Civil Veterinary Dept. North-West Frontier Province 1923-32 - 1923-1932
Year: 1923
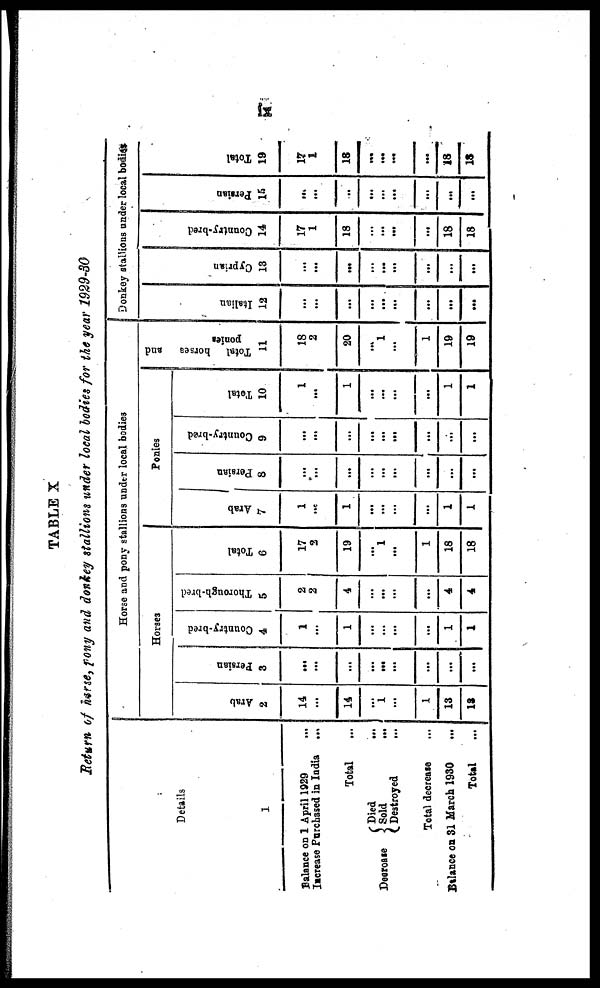
ix
TABLE X
Return of horse, Pony and donkey stallions under local bodies for the year 1929-30
Details
1
Balance on 1 April 1929 ...
Increase Purchased in India ...
Total ...
Decrease
Died ...
Sold
...
Destroyed
...
Total decrease ...
Balance on 31 March 1930
Total ...
Horse and pony stallions under local bodies
Horses
Arab
2
14
...
14
...
1
...
1
13
13
Persian
3
...
...
...
...
...
...
...
...
...
Country-bred
4
1
...
1
...
...
...
1
1
Thorough-bred
5
2
2
4
...
...
...
...
4
4
Total
6
17
2
19
...
1
...
1
18
18
Ponies
Arab
7
1
...
1
...
...
...
...
1
1
Persian
8
...
...
...
...
...
...
...
...
...
Country-bred
9
...
...
...
...
...
...
...
...
Total
10
1
...
1
...
...
...
1
1
Total
horses
and
ponies
11
18
2
20
....
1
...
1
19
19
Donkey stallions under local bodies
I t al i an
12
...
...
...
...
...
...
...
...
...
Cypr i
an
13
...
...
...
...
...
...
...
...
...
Count r
y- br e d
14
17
1
18
...
...
...
...
18
18
Per s i
an
15
...
...
...
...
...
...
...
...
...
Tot al
19
17
1
18
...
...
...
...
18
18